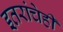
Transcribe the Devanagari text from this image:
इतरांचेही